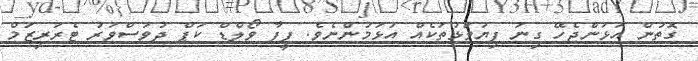
ގޮތުން އަޅަންޖެހޭ ގިނަ ފިޔަވަޅުތަކެއް އަޅަމުންނެވެ. ފީފާ ވޯލްޑް ކަޕް ދުވަސްވަރު ޓެރަރިޒަމް